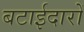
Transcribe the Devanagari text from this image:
बटाईदारों